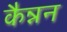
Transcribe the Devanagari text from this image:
कैन्नन